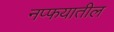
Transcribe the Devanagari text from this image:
नप्फयातील